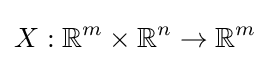
X:\mathbb {R} ^{m}\times \mathbb {R} ^{n}\to \mathbb {R} ^{m}